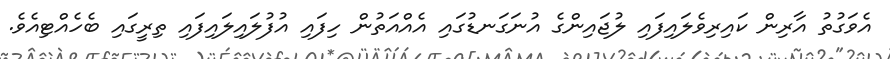
އެވަގުތު އާރިން ކައިރިވެލައިފައި ލުޖައިންގެ އުނަގަނޑުގައި އެއްއަތުން ހިފައި އުފުލައިލައިފައި ތިރީގައި ބެހެއްޓިއެވެ.